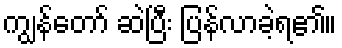
ကျွန်တော် ဆဲပြီး ပြန်လာခဲ့ရ၏။